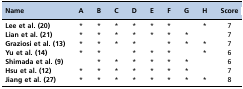
<table><thead><tr><td><b>Name</b></td><td><b>A</b></td><td><b>B</b></td><td><b>C</b></td><td><b>D</b></td><td><b>E</b></td><td><b>F</b></td><td><b>G</b></td><td><b>H</b></td><td><b>Score</b></td></tr></thead><tbody><tr><td><b>Lee et al. (20)</b></td><td>*</td><td>*</td><td>*</td><td>*</td><td>*</td><td>*</td><td></td><td>*</td><td>7</td></tr><tr><td><b>Lian et al. (21)</b></td><td>*</td><td>*</td><td>*</td><td>*</td><td>*</td><td>*</td><td>*</td><td></td><td>7</td></tr><tr><td><b>Graziosi et al. (13)</b></td><td>*</td><td>*</td><td>*</td><td>*</td><td></td><td>*</td><td>*</td><td>*</td><td>7</td></tr><tr><td><b>Yu et al. (14)</b></td><td>*</td><td>*</td><td></td><td>*</td><td>*</td><td>*</td><td></td><td>*</td><td>6</td></tr><tr><td><b>Shimada et al. (9)</b></td><td></td><td>*</td><td>*</td><td>*</td><td>*</td><td>*</td><td>*</td><td></td><td>6</td></tr><tr><td><b>Hsu et al. (12)</b></td><td>*</td><td>*</td><td>*</td><td>*</td><td>*</td><td>*</td><td>*</td><td></td><td>7</td></tr><tr><td><b>Jiang et al. (27)</b></td><td>*</td><td>*</td><td>*</td><td>*</td><td>*</td><td>*</td><td>*</td><td>*</td><td>8</td></tr></tbody></table>